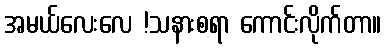
အမယ်လေးလေ !သနားစရာ ကောင်းလိုက်တာ။